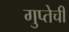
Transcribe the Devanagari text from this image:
गुप्तेची